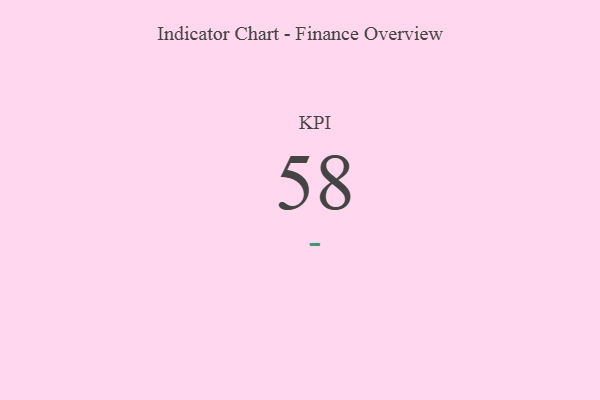
{"axis": {"x": "KPI", "y": "Value"}, "legend": [""], "data": [{"x": "KPI", "y": 58, "type": ""}]}